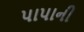
પાપાની